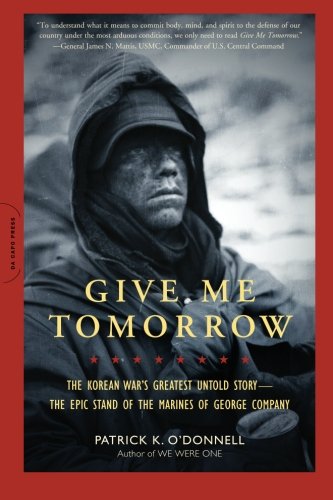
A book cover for Give Me Tomorrow: The Korean War's Greatest Untold Story--The Epic Stand of the Marines of George Company; Patrick K. O'Donnell; History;